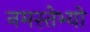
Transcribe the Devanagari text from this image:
नमस्तेभ्यो